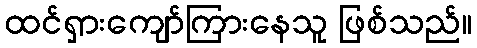
ထင်ရှားကျော်ကြားနေသူ ဖြစ်သည်။